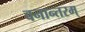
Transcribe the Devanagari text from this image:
वनान्तरम्